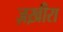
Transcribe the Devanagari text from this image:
ज़ख़ीरा